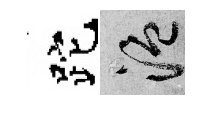
跎温